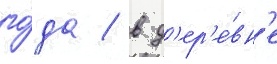
го́да / в д'ер'е́вн'е